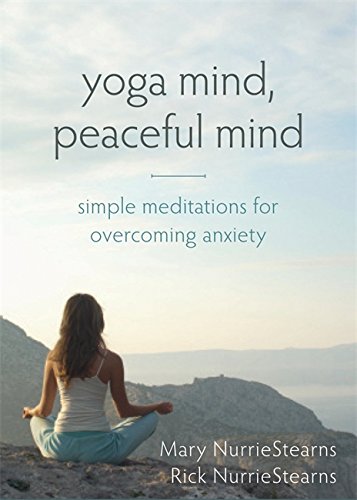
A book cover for Yoga Mind, Peaceful Mind: Simple Meditations for Overcoming Anxiety; Mary NurrieStearns LCSW  RYT; Religion & Spirituality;